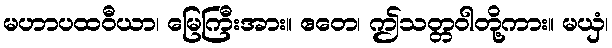
မဟာပထဝီယာ၊ မြေကြီးအား။ ဧတေ၊ ဤသတ္တဝါတို့ကား။ မယှံ၊